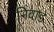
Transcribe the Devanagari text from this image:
निवाड